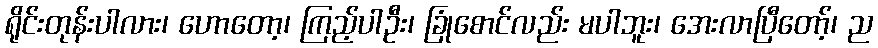
ရိုင်းတုန်းပါလား၊ ဟောတော့၊ ကြည့်ပါဦး၊ ခြုံစောင်လည်း မပါဘူး၊ အေးလာပြီတော့်၊ ည